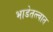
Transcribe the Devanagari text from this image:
भाडेतत्त्वात